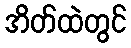
အိတ်ထဲတွင်